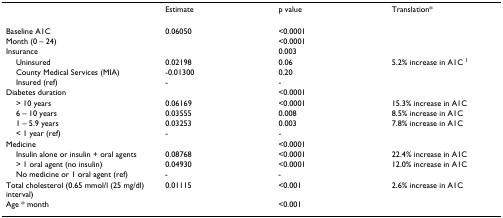
|  | Estimate | p value | Translation* |
 | --- | --- | --- | --- |
 | Baseline A1C | 0.06050 | <0.0001 |  |
 | Month (0 – 24) |  | <0.0001 |  |
 | Insurance |  | 0.003 |  |
 | Uninsured | 0.02198 | 0.06 | 5.2% increase in A1C 1 |
 | County Medical Services (MIA) | -0.01300 | 0.20 |  |
 | Insured (ref) | - | - |  |
 | Diabetes duration |  | <0.0001 |  |
 | > 10 years | 0.06169 | <0.0001 | 15.3% increase in A1C |
 | 6 – 10 years | 0.03555 | 0.008 | 8.5% increase in A1C |
 | 1 – 5.9 years | 0.03253 | 0.003 | 7.8% increase in A1C |
 | < 1 year (ref) | - | - |  |
 | Medicine |  | <0.0001 |  |
 | Insulin alone or insulin + oral agents | 0.08768 | <0.0001 | 22.4% increase in A1C |
 | > 1 oral agent (no insulin) | 0.04930 | <0.0001 | 12.0% increase in A1C |
 | No medicine or 1 oral agent (ref) | - | - |  |
 | Total cholesterol (0.65 mmol/l (25 mg/dl) interval) | 0.01115 | <0.001 | 2.6% increase in A1C |
 | Age * month |  | <0.001 |  |